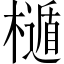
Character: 𣜲